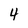
Character: 4